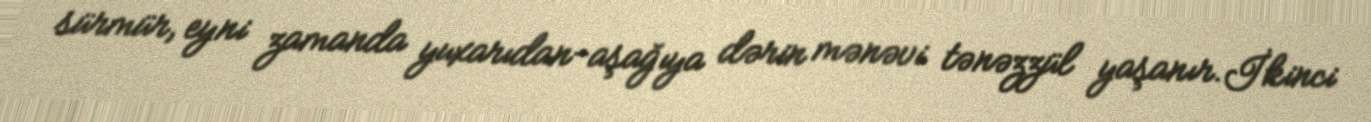
sürmür, eyni zamanda yuxarıdan-aşağıya dərin mənəvi tənəzzül yaşanır.İkinci